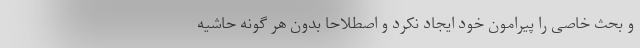
و بحث خاصی را پیرامون خود ایجاد نکرد و اصطلاحا بدون هر گونه حاشیه